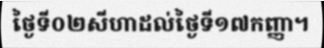
ថ្ងៃទី០២សីហាដល់ថ្ងៃទី១៧កញ្ញា។